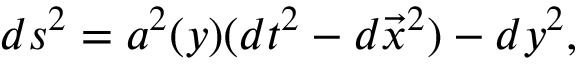
d s ^ { 2 } = a ^ { 2 } ( y ) ( d t ^ { 2 } - d \vec { x } ^ { 2 } ) - d y ^ { 2 } ,